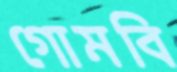
গোমবি